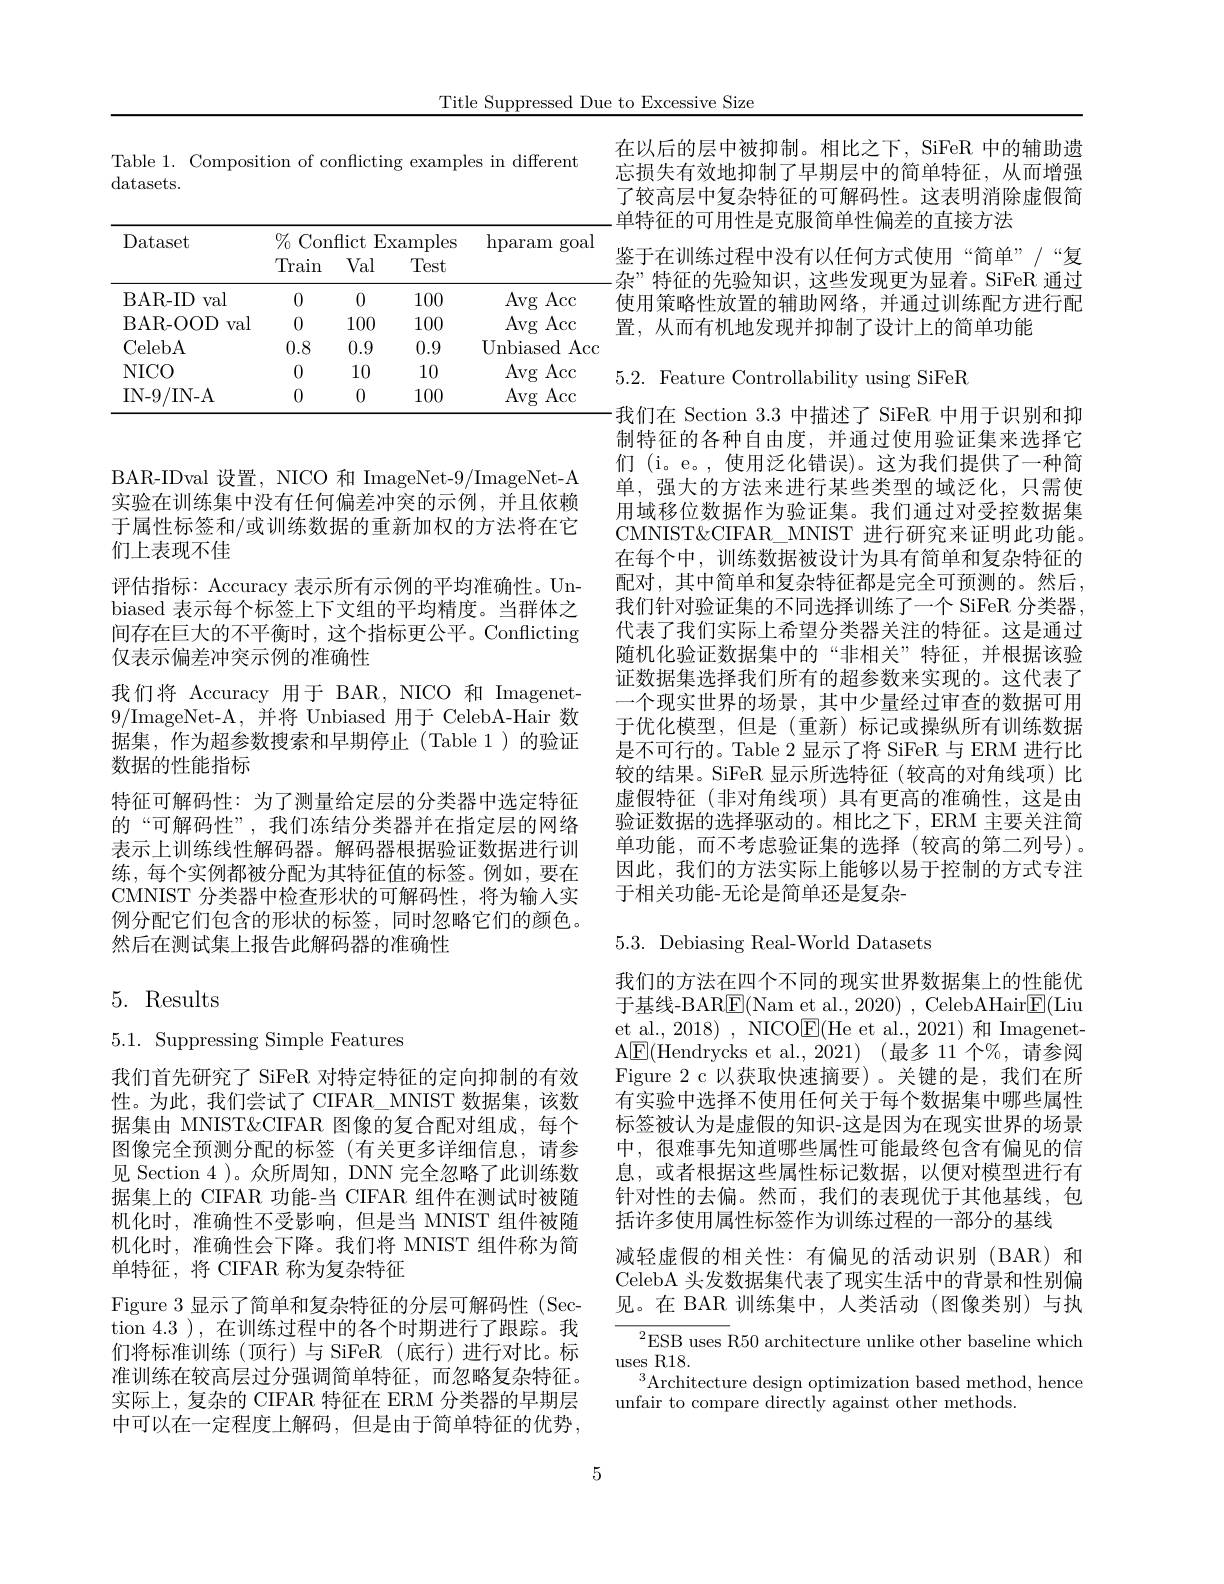
Title Suppressed Due to Excessive Size

Table 1. Composition of conflicting examples in different
datasets.

<table>
	<tbody>
		<tr>
			<th>Dataset</th>
			<th>$\%$ Con Train</th>
			<th>flict $Ex$ 1 Val</th>
			<th>$\operatorname{rmples}$ Test</th>
			<th>hparam goal</th>
		</tr>
		<tr>
			<td>BAR-ID val</td>
			<td>0</td>
			<td>0</td>
			<td>100</td>
			<td>Avg Acc</td>
		</tr>
		<tr>
			<td>BAR- OOD val</td>
			<td>0</td>
			<td>100</td>
			<td>100</td>
			<td>Avg Acc</td>
		</tr>
		<tr>
			<td>CelebA</td>
			<td>0.8</td>
			<td>0.9</td>
			<td>0.9</td>
			<td>Unbiased Acc </td>
		</tr>
		<tr>
			<td>NICO</td>
			<td>0</td>
			<td>10</td>
			<td>10</td>
			<td>Avg Acc</td>
		</tr>
		<tr>
			<td>IN- 9/ IN- A</td>
			<td>0</td>
			<td>0</td>
			<td>100</td>
			<td>Avg Acc</td>
		</tr>
	</tbody>
</table>

BAR-IDval 设置，NICO 和 ImageNet-9/ImageNet-A 实验在训练集中没有任何偏差冲突的示例，并且依赖于属性标签和/或训练数据的重新加权的方法将在它们上表现不佳
评估指标：Accuracy 表示所有示例的平均准确性。Unbiased 表示每个标签上下文组的平均精度。当群体之间存在巨大的不平衡时，这个指标更公平。Conflicting 仅表示偏差冲突示例的准确性
我们将 Accuracy 用于 BAR, NICO 和 Imagenet- 9/ImageNet-A,并将 Unbiased 用于 CelebA-Hair 数据集，作为超参数搜索和早期停止(Table 1)的验证数据的性能指标
特征可解码性：为了测量给定层的分类器中选定特征的“可解码性”,我们冻结分类器并在指定层的网络表示上训练线性解码器。解码器根据验证数据进行训练，每个实例都被分配为其特征值的标签。例如，要在CMNIST 分类器中检查形状的可解码性，将为输人实例分配它们包含的形状的标签，同时忽略它们的颜色。然后在测试集上报告此解码器的准确性

## 5. Results

$5.1.{\mathrm{~Suppressing~Simple~Features}}$

我们首先研究了 SiFeR 对特定特征的定向抑制的有效性。为此，我们尝试了 CIFAR\_MNIST 数据集，该数据集由 MNIST&CIFAR 图像的复合配对组成，每个图像完全预测分配的标签(有关更多详细信息，请参见 Section 4 )。众所周知，DNN 完全忽略了此训练数据集上的 CIFAR 功能-当 CIFAR 组件在测试时被随机化时，准确性不受影响，但是当 MNIST 组件被随机化时，准确性会下降。我们将 MNIST 组件称为简单特征，将 CIFAR 称为复杂特征
Figure 3 显示了简单和复杂特征的分层可解码性 (Sec- $\bar{\mathrm{tion~4.3~),~在训练过程中的各个时期进行了跟踪。我}}$ 们将标准训练(顶行)与 SiFeR(底行)进行对比。标准训练在较高层过分强调简单特征，而忽略复杂特征。实际上，复杂的 CIFAR 特征在 ERM 分类器的早期层中可以在一定程度上解码，但是由于简单特征的优势，

5

在以后的层中被抑制。相比之下，SiFeR 中的辅助遗忘损失有效地抑制了早期层中的简单特征，从而增强了较高层中复杂特征的可解码性。这表明消除虚假简单特征的可用性是克服简单性偏差的直接方法
鉴于在训练过程中没有以任何方式使用“简单”/“复杂 ” 特 征 的 先 验 知 识 , 这 些 发 现 更 为 显 着 。SiFeR 通 过 使用策略性放置的辅助网络，并通过训练配方进行配置，从而有机地发现并抑制了设计上的简单功能

5.2. Feature Controllability using SiFeR

$\cdot$我们在 Section 3.3 中描述了 SiFeR 中用于识别和抑制特征的各种自由度，并通过使用验证集来选择它们 (i。e。,使用泛化错误)。这为我们提供了一种简单，强大的方法来进行某些类型的域泛化，只需使用域移位数据作为验证集。我们通过对受控数据集CMNIST&CIFAR\_ MNIST 进行研究来证明此功能。在每个中，训练数据被设计为具有简单和复杂特征的配对，其中简单和复杂特征都是完全可预测的。然后， 我们针对验证集的不同选择训练了一个 SiFeR 分类器， 代表了我们实际上希望分类器关注的特征。这是通过随机化验证数据集中的“非相关”特征，并根据该验证数据集选择我们所有的超参数来实现的。这代表了一个现实世界的场景，其中少量经过审查的数据可用于优化模型，但是(重新)标记或操纵所有训练数据是不可行的。Table 2 显示了将 SiFeR 与 ERM 进行比较的结果。SiFeR 显示所选特征(较高的对角线项)比虚假特征(非对角线项)具有更高的准确性，这是由验证数据的选择驱动的。相比之下，ERM 主要关注简单功能，而不考虑验证集的选择(较高的第二列号)。因此，我们的方法实际上能够以易于控制的方式专注于相关功能-无论是简单还是复杂-

5.3. Debiasing Real-World Datasets

我们的方法在四个不同的现实世界数据集上的性能优于基线-BAR$\underline{\mathrm{E}}($Nam et al., 2020) , CelebAHair$\underline{\mathrm{E}}($Liu et al., 2018) , NICO$\underline{\mathrm{E}}($He et al., 2021) 和 ImagenetA$\underline {\mathrm{E} }($Hendrycks et al.,2021) (最多 11 个%,请参阅Figure 2 c 以获取快速摘要)。关键的是，我们在所有实验中选择不使用任何关于每个数据集中哪些属性标签被认为是虚假的知识-这是因为在现实世界的场景中，很难事先知道哪些属性可能最终包含有偏见的信息，或者根据这些属性标记数据，以便对模型进行有针对性的去偏。然而，我们的表现优于其他基线，包括许多使用属性标签作为训练过程的一部分的基线
减轻虚假的相关性：有偏见的活动识别(BAR)和CelebA 头发数据集代表了现实生活中的背景和性别偏见。在 BAR 训练集中，人类活动 (图像类别)与执

${\frac{{^2}\mathrm{ESB~uses~}}{\mathrm{R50~architecture~unlike~other~baseline~which}}}$
uses R18
$^3$Architecture design optimization based method, hence
unfair to compare directly against other methods.